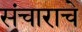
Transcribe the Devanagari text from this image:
संचाराचे